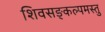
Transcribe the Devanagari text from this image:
शिवसङ्कल्पमस्तु